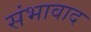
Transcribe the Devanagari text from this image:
संभावाद